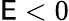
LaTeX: \mathsf{E}<0